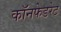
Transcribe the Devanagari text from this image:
कॉनफेडरेट